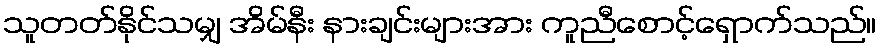
သူတတ်နိုင်သမျှ အိမ်နီး နားချင်းများအား ကူညီစောင့်ရှောက်သည်။